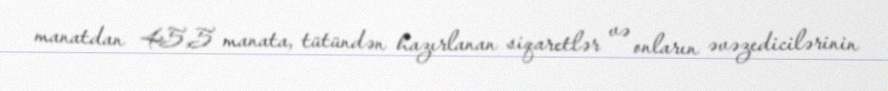
manatdan 45,5 manata, tütündən hazırlanan siqaretlər və onların əvəzedicilərinin